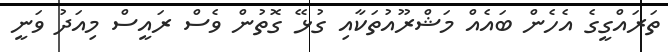
ތަރައްގީގެ އެހެން ބައެއް މަޝްރޫއުތަކާއި ގުޅޭ ގޮތުން ވެސް ރައީސް މިއަދު ވަނީ